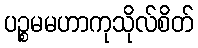
ပဉ္စမမဟာကုသိုလ်စိတ်